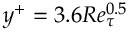
y ^ { + } = 3 . 6 R e _ { \tau } ^ { 0 . 5 }